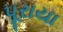
પૂરાયા